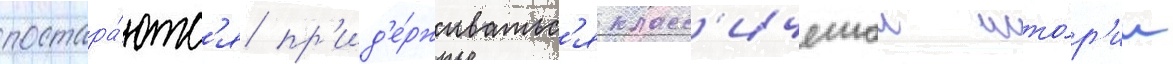
постара́ютс'я пр'ид'е́рживатьс'я класс'ическои исто́р'ии